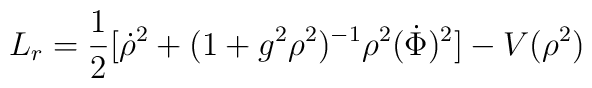
L_r = \frac{1}{2}[\dot \rho^2 + (1+g^2\rho^2)^{-1}\rho^2(\dot \Phi)^2]- V(\rho^2)